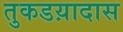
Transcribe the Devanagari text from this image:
तुकडय़ादास